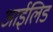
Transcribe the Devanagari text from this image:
आईलिड